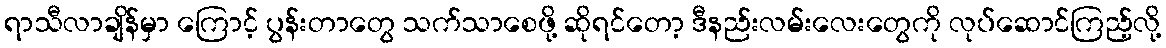
ရာသီလာချိန်မှာ ကြောင့် ပွန်းတာတွေ သက်သာစေဖို့ ဆိုရင်တော့ ဒီနည်းလမ်းလေးတွေကို လုပ်ဆောင်ကြည့်လို့